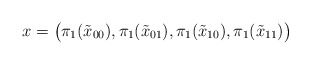
\begin{align*}x = \bigl(\pi_1(\tilde{x}_{00}),\pi_1(\tilde{x}_{01}),\pi_1(\tilde{x}_{10}),\pi_1(\tilde{x}_{11})\bigr)\end{align*}